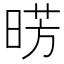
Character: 𣇷